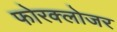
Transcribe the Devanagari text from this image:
फोरक्लोजर